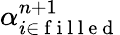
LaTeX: \alpha_{i\in\mathrm{~f~i~l~l~e~d~}}^{n+1}